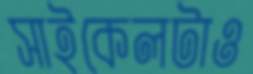
সাইকেলটাও